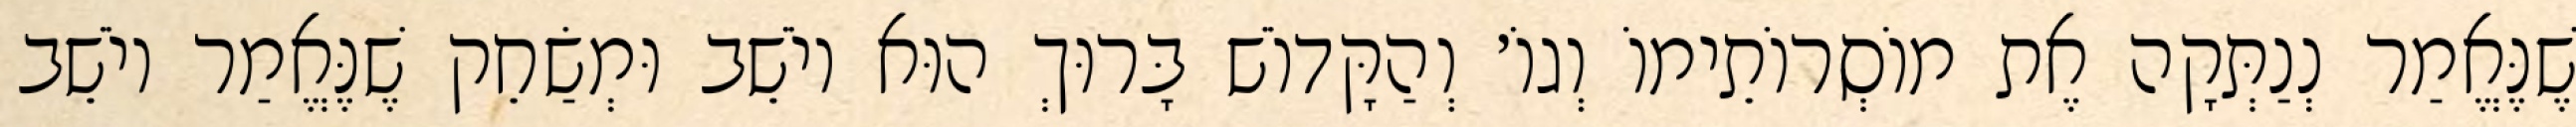
שֶׁנֶּאֱמַר נְנַתְּקָה אֶת מוֹסְרוֹתֵימוֹ וְגוֹ׳ וְהַקָּדוֹשׁ בָּרוּךְ הוּא יוֹשֵׁב וּמְשַׂחֵק שֶׁנֶּאֱמַר יוֹשֵׁב